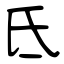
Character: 氐